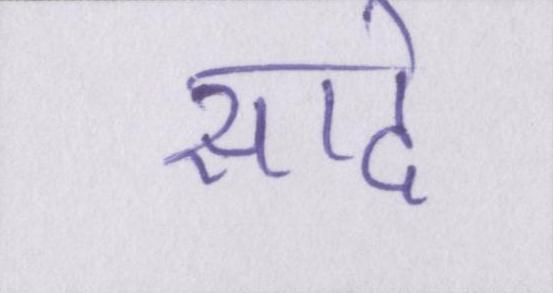
सादे